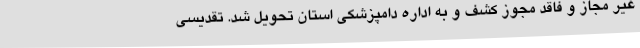
غیر مجاز و فاقد مجوز کشف و به اداره دامپزشکی استان تحویل شد. تقدیسی